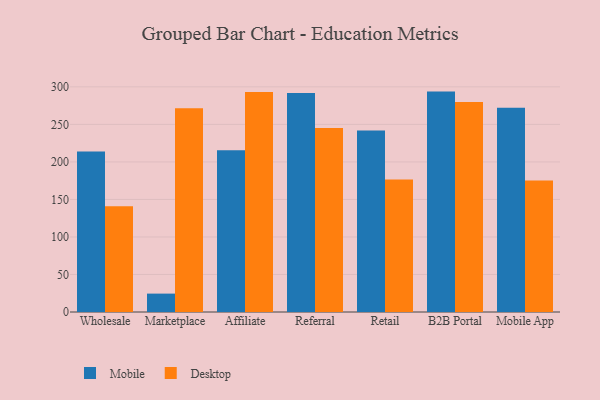
{"axis": {"x": "Channel", "y": "Operating Costs (USD K)"}, "legend": ["Desktop", "Mobile"], "data": [{"x": "Wholesale", "y": 213.8, "type": "Mobile"}, {"x": "Wholesale", "y": 140.9, "type": "Desktop"}, {"x": "Marketplace", "y": 24.5, "type": "Mobile"}, {"x": "Marketplace", "y": 271.5, "type": "Desktop"}, {"x": "Affiliate", "y": 215.4, "type": "Mobile"}, {"x": "Affiliate", "y": 293.2, "type": "Desktop"}, {"x": "Referral", "y": 292.0, "type": "Mobile"}, {"x": "Referral", "y": 245.2, "type": "Desktop"}, {"x": "Retail", "y": 241.8, "type": "Mobile"}, {"x": "Retail", "y": 176.5, "type": "Desktop"}, {"x": "B2B Portal", "y": 293.7, "type": "Mobile"}, {"x": "B2B Portal", "y": 280.0, "type": "Desktop"}, {"x": "Mobile App", "y": 272.3, "type": "Mobile"}, {"x": "Mobile App", "y": 175.2, "type": "Desktop"}]}